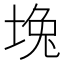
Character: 堍